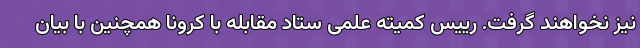
نیز نخواهند گرفت. رییس کمیته علمی ستاد مقابله با کرونا همچنین با بیان